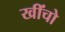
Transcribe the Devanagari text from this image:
खींचो